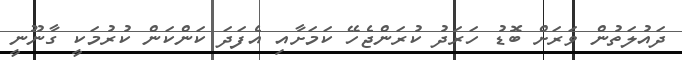
ދައުލަތުން ވަރަށް ބޮޑު ހަރަދު ކުރަންޖެހޭ ކަމަށާއި އެފަދަ ކަންކަން ކުރުމަކީ ގާނޫނީ